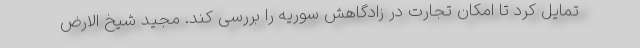
تمایل کرد تا امکان تجارت در زادگاهش سوریه را بررسی کند. مجید شیخ الارض